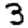
Digit: 3